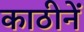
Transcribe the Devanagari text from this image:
काठीनें